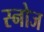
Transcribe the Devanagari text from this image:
स्नोज